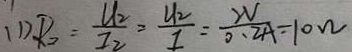
( 1 ) R _ { 2 } = \frac { U _ { 2 } } { I _ { 2 } } = \frac { U _ { 2 } } { I } = \frac { W } { 0 . 2 A } = 1 0 \Omega